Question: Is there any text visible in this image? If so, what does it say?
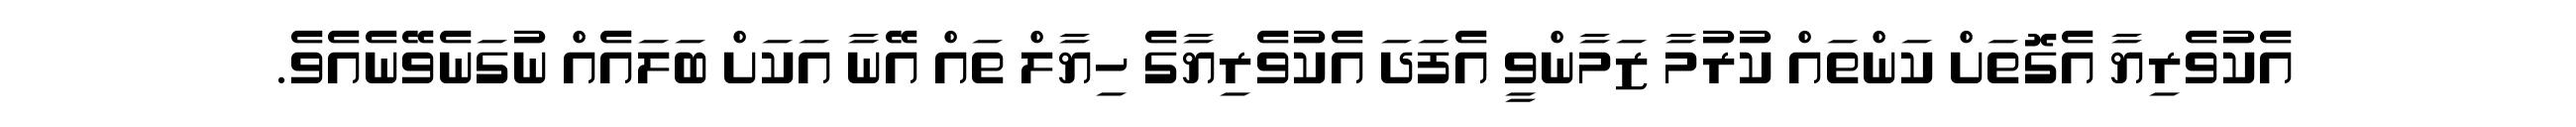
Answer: އެކުވެރިޔާ އެގޮތަށް ކަންތައް ކުރުމާ ޒަމާންވީ އެފަދަ އެކުވެރިޔާގެ ހިޔާލް ތައް އޭނާ އަކަށް ބަލައެއް ނުގަނެވޭނެއެވެ.